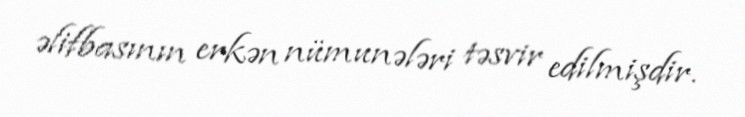
əlifbasının erkən nümunələri təsvir edilmişdir.